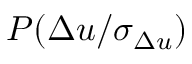
P ( \Delta u / \sigma _ { \Delta u } )